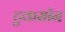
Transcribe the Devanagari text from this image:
टुकसॉन